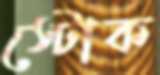
স্টোক